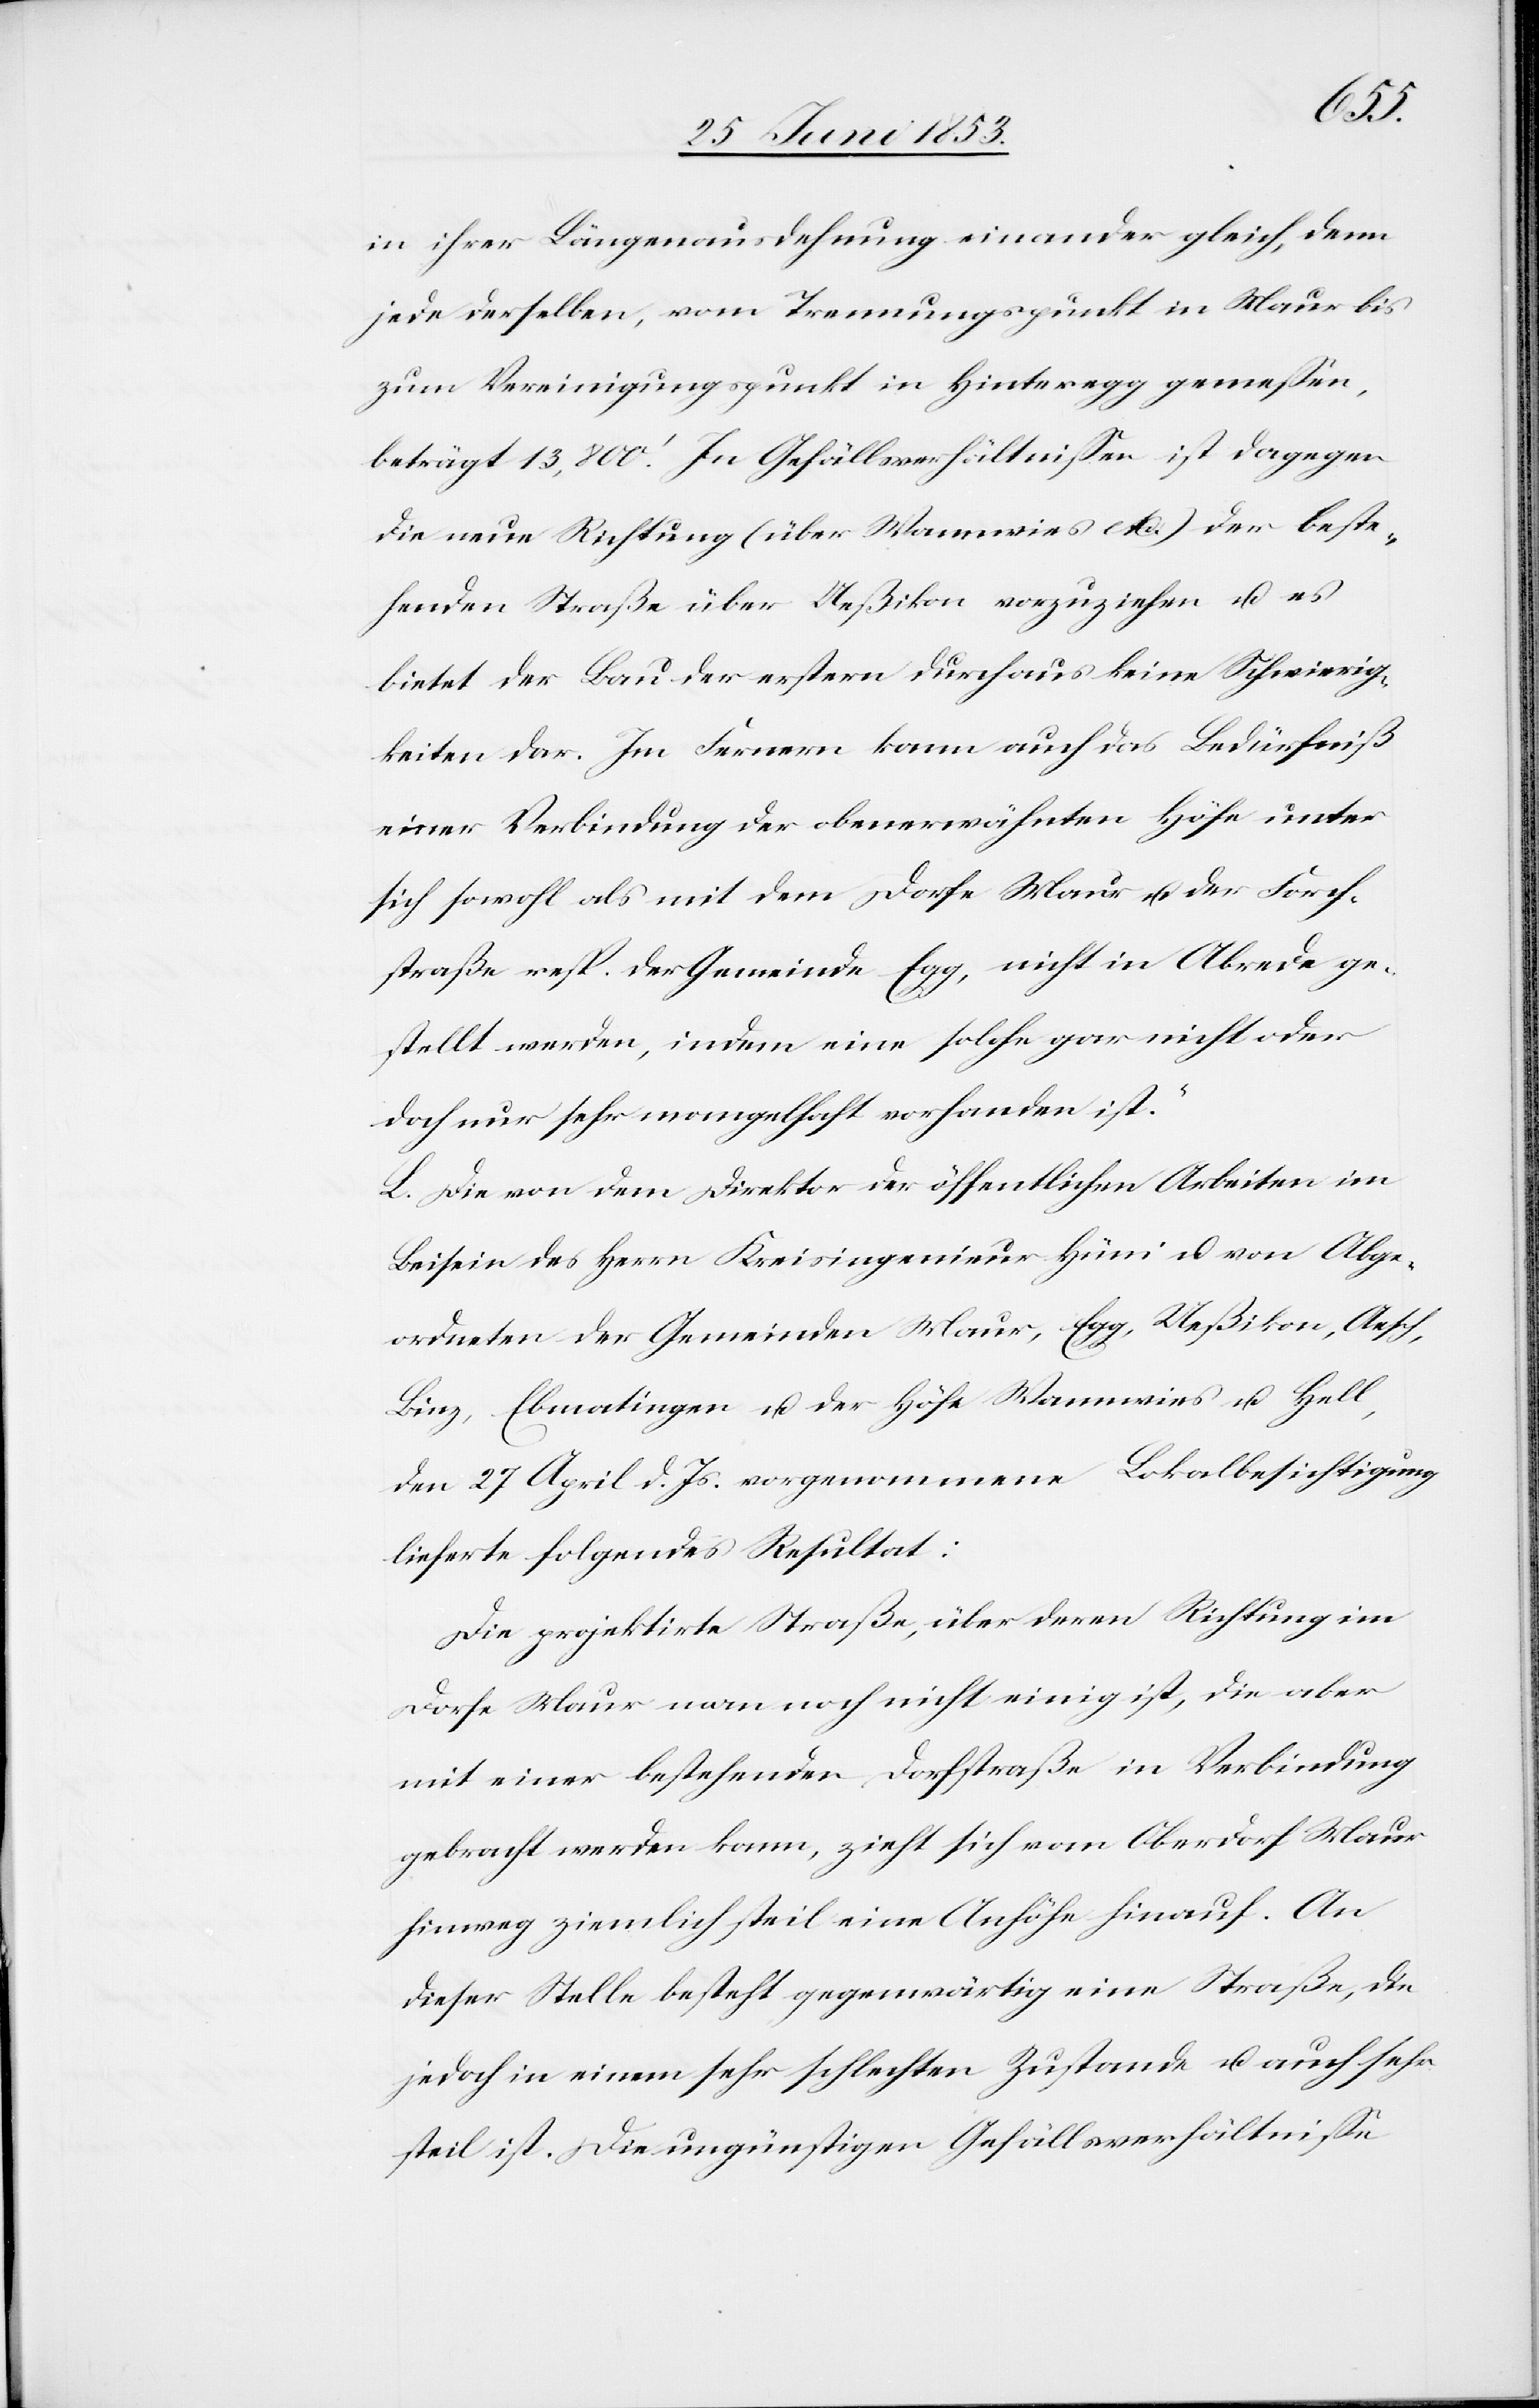
in ihrer Längenausdehnung einander gleich, denn
jede derselben, vom Trennungspunkt in Maur bis
zum Vereinigungspunkt in Hinteregg gemeßen,
beträgt 13,800.’ In Gefällsverhältnißen ist dagegen
die neue Richtung (über Wannwies etc.) der beste¬
henden Straße über Ueßikon vorzuziehen u. es
bietet der Bau der erstern durchaus keine Schwierig¬
keiten dar. Im Fernern kann auch das Bedürfniß
einer Verbindung der oberwähnten Höfe unter
sich sowohl als mit dem Dorfe Maur u. der Forch¬
straße resp. der Gemeinde Egg, nicht in Abrede ge¬
stellt werden, indem eine solche gar nicht oder
doch nur sehr mangelhaft vorhanden ist.“
L. Die von dem Direktor der öffentlichen Arbeiten im
Beisein des Herrn Kreisingenieur Hüni u. von Abge¬
ordneten der Gemeinden Maur, Egg, Ueßikon, Aesch,
Binz, Ebmatingen u. der Höfe Wannewies u. Hell,
den 27 April d. Js. vorgenommenen Lokalbesichtigung
lieferte folgendes Resultat:
Die projektirte Straße, über deren Richtung im
Dorfe Maur man noch nicht einig ist, die aber
mit einer bestehenden Dorfstraße in Verbindung
gebracht werden kann, zieht sich vom Oberdorf Maur
hinweg ziemlich steil eine Anhöhe hinauf. An
dieser Stelle besteht gegenwärtig eine Straße, die
jedoch in einem sehr schlechten Zustande u. auch sehr
steil ist. Die ungünstigen Gefällsverhältniße